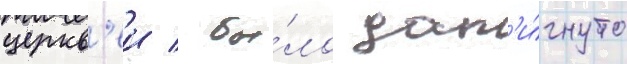
церкв'еи / бы́ло дост'и́гнуто